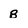
Character: B